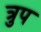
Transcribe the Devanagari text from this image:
त्रुप